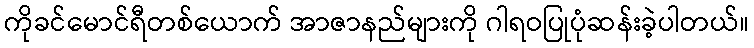
ကိုခင်မောင်ရီတစ်ယောက် အာဇာနည်များကို ဂါရဝပြုပုံဆန်းခဲ့ပါတယ်။